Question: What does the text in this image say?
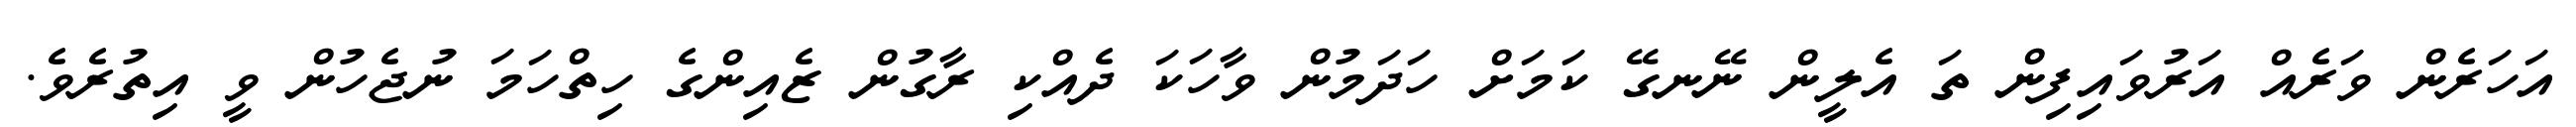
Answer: އަހަރެން ވަރެއް އަރުވައިފިން ތަ އެލީން ނޭނގޭ ކަމަށް ހަދަމުން ވާހަކަ ދެއްކި ރާގުން ޒެއިންގެ ހިތްހަމަ ނުޖެހުން ވީ އިތުރެވެ.